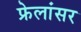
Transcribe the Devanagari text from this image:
फ्रेलांसर